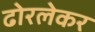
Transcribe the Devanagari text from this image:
ढोरलेकर